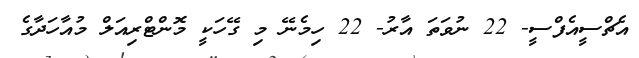
އެޗްސީއެފްސީ- 22 ނުވަތަ އާރު- 22 ހިމެނޭ މި ގޭހަކީ މޮންޓްރިއަލް މުއާހަދާގެ